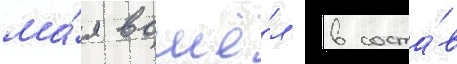
ма́я вошё́л в соста́в